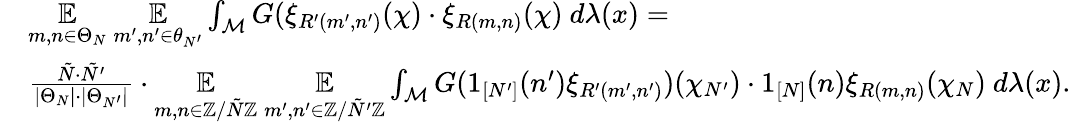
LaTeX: \begin{array}{rl}&{\underset{m,n\in\Theta_{N}}{\mathbb{E}}~\underset{m^{\prime},n^{\prime}\in\theta_{N^{\prime}}}{\mathbb{E}}\int_{\mathcal{M}}G(\xi_{R^{\prime}(m^{\prime},n^{\prime})}(\chi)\cdot\xi_{R(m,n)}(\chi)~d\lambda(x)=}\\ &{\frac{\tilde{N}\cdot\tilde{N^{\prime}}}{|\Theta_{N}|\cdot|\Theta_{N^{\prime}}|}\cdot\underset{m,n\in\mathbb{Z}/\tilde{N}\mathbb{Z}}{\mathbb{E}}~\underset{m^{\prime},n^{\prime}\in\mathbb{Z}/\tilde{N}^{\prime}\mathbb{Z}}{\mathbb{E}}\int_{\mathcal{M}}G(1_{[N^{\prime}]}(n^{\prime})\xi_{R^{\prime}(m^{\prime},n^{\prime})})(\chi_{N^{\prime}})\cdot 1_{[N]}(n)\xi_{R(m,n)}(\chi_{N})~d\lambda(x).}\end{array}